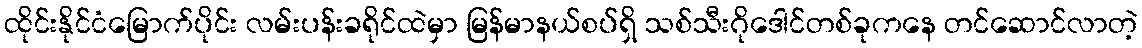
ထိုင်းနိုင်ငံမြောက်ပိုင်း လမ်းပန်းခရိုင်ထဲမှာ မြန်မာနယ်စပ်ရှိ သစ်သီးဂိုဒေါင်တစ်ခုကနေ တင်ဆောင်လာတဲ့